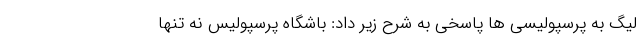
لیگ به پرسپولیسی ها پاسخی به شرح زیر داد: باشگاه پرسپولیس نه تنها